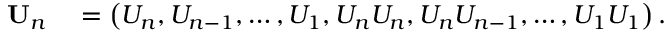
\begin{array} { r l } { { \bf U } _ { n } } & { { } = \left( U _ { n } , U _ { n - 1 } , \ldots , U _ { 1 } , U _ { n } U _ { n } , U _ { n } U _ { n - 1 } , \ldots , U _ { 1 } U _ { 1 } \right) . } \end{array}